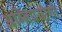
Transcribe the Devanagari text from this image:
अग्निप्रयोगी